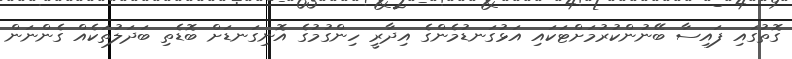
ގޮތުގައި ފައިސާ ބޭނުންކުރުމަށްޓަކައި އަޅުގަނޑުމެންގެ އިދާރީ ހިންގުމުގެ އޮނިގަނޑަށް ބޮޑެތި ބަދަލުތަކެއް ގެންނަން